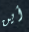
أين